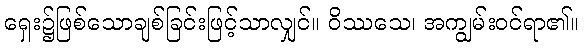
ရှေး၌ဖြစ်သောချစ်ခြင်းဖြင့်သာလျှင်။ ဝိဿသေ၊ အကျွမ်းဝင်ရာ၏။